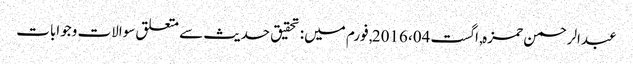
عبدالرحمن حمزہ, ‏اگست 04، 2016, فورم میں: تحقیق حدیث سے متعلق سوالات وجوابات